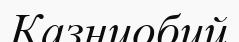
Казниобий